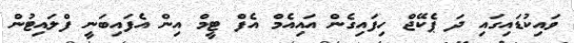
ވައިކުޑައިގައި ދަ ޕެކޭޖް ހިފައިގެން އައިއެމް އެފް ޓީމް އިން އެފައިބަނީ ފްލައިޓުން